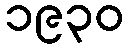
၁၉၃၀